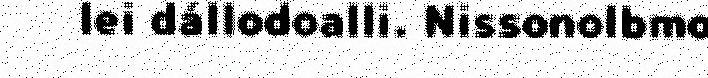
lei dállodoalli. Nissonolbmo